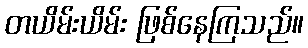
တယိမ်းယိမ်း ဖြစ်နေကြသည်။